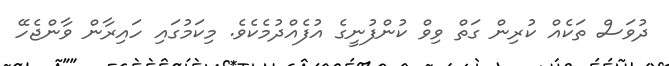
ދުވަސް ތަކެއް ކުރިން ގަތް ވިވް ކުންފުނީގެ އުފެއްދުމެކެވެ. މިކަމުގައި ހައިރާން ވާންޖެހޭ